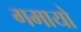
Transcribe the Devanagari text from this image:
गमायो